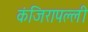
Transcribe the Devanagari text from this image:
कंजिरापल्ली